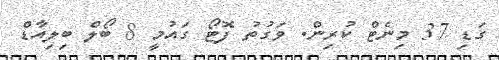
ގަޑި 37 މިނެޓް ކުރިން. ވަގުތު ފޮޓޯ ގައުމީ 8 ބޯލް ބިލިއާޑް